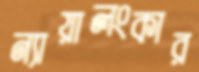
ন্যায়ালংকার